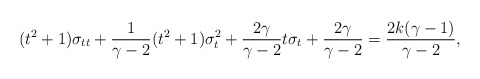
\begin{align*}(t^2+1)\sigma_{tt}+{1\over{\gamma-2}}(t^2+1)\sigma_t^2+{{2\gamma}\over{\gamma-2}}t\sigma_t+{{2\gamma}\over{\gamma-2}}={{2k(\gamma-1)}\over{\gamma-2}},\end{align*}